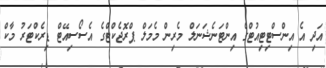
އަދި އެ އިންސްޓިޓިއުޓްގެ އިންޓަނެޝަނަލް މެރިން މެމަލް ޕްރޮޖެކްޓްގެ އެސޯސިއޭޓް ޑިރެކްޓަރު މާކް